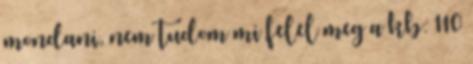
mondani, nem tudom mi felel meg a kb. 110